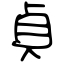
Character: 貞